Lunatic asylums in Bengal annual reports 1899-1911 - 1899-1911
Year: 1899
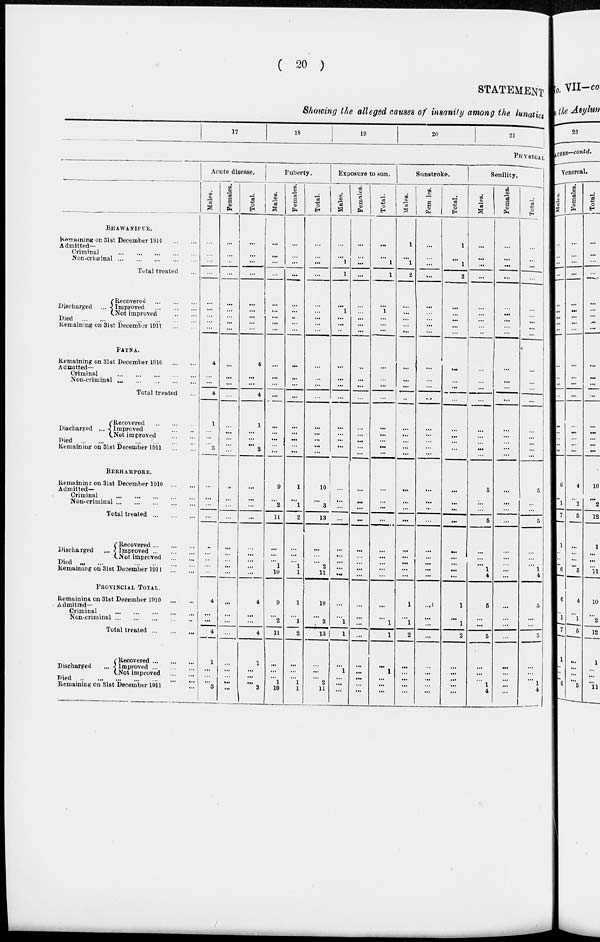
( 20 )
STATEMENT
Showing the alleged causes of insanity among the lunatics
17
18
19
20
21
PHYSICAL
BHAWANIPUR.
Remaning on 31st December 1910
...
...
Admitted-
Criminal
...
...
...
...
...
Non-criminal
...
...
...
...
...
Total treated ...
Discharged ...
Recovered
...
...
...
Improved
...
...
...
Not improved
..
...
Died
...
...
...
...
...
...
...
Remaining on 31st December 1911
...
...
PATNA.
Remaining on 31st December 1910
...
...
Admitted-
Criminal
...
...
...
...
...
Non-criminal
...
...
...
...
...
Total treated ...
Discharged
...
Recovered
..
...
...
Improved
...
...
...
Not improved
...
...
Died
...
...
...
...
...
...
...
Remaining on 31st December 1911
...
...
BERHAMPORE.
Remaining on 3lst December 1910
...
...
Admitted-
Criminal
...
...
...
...
...
Non-criminal
...
...
...
...
...
Total treated
...
...
...
Discharged
Recovered ... ... ...
Improved ... ... ...
Not improved
...
...
Died
...
...
...
...
...
...
Remaining on 31st December
1911...
...
PROVINCIAL TOTAL.
Remaining on 31st December 1910
...
...
Admitted—
Criminal ... ... ... ... ...
Non-criminal
...
...
...
...
..
Total treated
...
...
...
Discharged
Recovered ... ... ...
Improved ... ... ...
Not improved
...
...
Died ... ... ... ... ... ...
Remaining on 31st December 1911 ...
Acute disease.
Males.
...
...
...
...
...
...
...
...
...
4
...
...
4
1
...
...
...
3
...
...
...
...
..
...
...
...
...
4
...
...
4
1
...
...
...
3
Females.
...
...
...
...
...
...
...
...
...
...
...
...
...
...
...
...
...
...
...
...
...
...
...
...
...
...
...
...
...
...
...
...
...
...
...
...
Total.
...
...
...
...
...
...
...
...
...
4
...
...
4
1
...
...
...
3
...
...
...
...
...
...
...
...
...
4
...
...
4
1
...
...
...
3
Puberty.
Males.
...
...
...
...
...
...
...
...
...
...
...
...
...
...
...
...
...
...
9
...
2
11
...
...
...
1
10
9
...
2
11
...
...
...
1
10
Females.
...
...
...
...
...
...
...
...
...
...
...
...
...
...
...
...
...
...
1
...
1
2
...
...
...
1
1
1
...
1
2
...
...
...
1
1
Total.
...
...
...
...
...
...
...
...
...
...
...
...
...
...
...
...
...
...
10
...
3
13
...
...
...
2
11
10
...
3
13
...
...
...
2
11
Exposure to sun.
Males.
...
...
1
1
...
1
...
...
...
...
...
...
...
...
...
...
...
...
...
...
...
...
...
...
...
...
...
...
...
1
1
...
1
...
...
...
Females.
...
...
...
...
...
...
...
...
...
...
...
...
...
...
...
...
...
...
...
...
...
...
...
...
...
...
...
...
...
...
...
...
...
...
...
...
Total.
...
...
1
1
...
1
...
...
...
...
...
...
...
...
...
...
...
...
...
...
...
...
...
...
...
...
...
...
...
1
1
...
1
...
...
...
Sunstroke.
Males.
1
...
1
2
...
...
...
...
...
...
...
...
..
...
...
...
...
...
...
...
...
...
...
...
...
...
...
1
...
1
2
...
...
...
...
...
Females.
...
...
...
...
...
...
...
...
...
...
...
...
...
...
...
...
...
...
...
...
...
...
...
...
...
...
...
...
...
...
...
...
...
...
...
...
Total.
1
...
1
2
...
...
...
...
...
...
...
...
...
...
...
...
...
...
...
...
...
...
...
...
...
...
...
1
...
1
2
...
...
...
...
...
Senility.
Males.
...
...
...
...
...
...
...
...
...
...
...
...
...
...
...
...
...
...
5
...
...
5
...
...
...
1
4
5
...
...
5
...
...
...
1
4
Females.
...
...
...
...
...
...
...
...
...
...
...
...
...
...
...
...
...
...
...
...
...
...
...
...
...
...
...
...
...
...
...
...
...
...
...
...
Total.
...
...
...
...
...
...
...
...
...
...
...
...
...
...
...
...
...
...
5
...
...
5
...
...
...
1
4
5
...
...
5
...
...
...
1
4